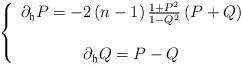
LaTeX: \begin{align*}\left\{ \begin{array}{c}\partial_{\mathfrak{h}}P=-2\left(n-1\right)\frac{1+P^{2}}{1-Q^{2}}\left(P+Q\right)\\\\\partial_{\mathfrak{h}}Q=P-Q\end{array}\right.\end{align*}